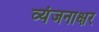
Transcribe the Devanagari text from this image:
व्यंजनाक्षर